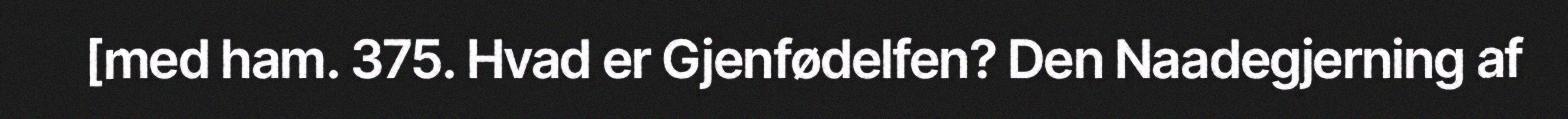
[med ham. 375. Hvad er Gjenfødelfen? Den Naadegjerning af